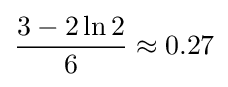
{\frac {3-2\ln 2}{6}}\approx 0.27